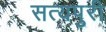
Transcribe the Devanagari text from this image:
सत्यपुरी